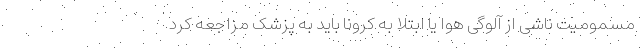
مسمومیت ناشی از آلوگی هوا یا ابتلا به کرونا باید به پزشک مراجعه کرد